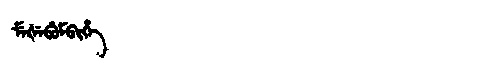
Manchu: ᠮᡝᡧᡝᠪᡠᠮᠪᡳᡥᡝ
Romanization: MEŠEBUMBIHE